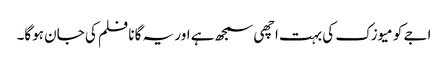
اجے کو میوزک کی بہت اچھی سمجھ ہے اور یہ گانا فلم کی جان ہوگا۔